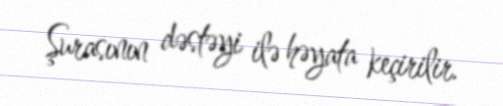
Şurasının dəstəyi ilə həyata keçirilir.